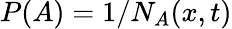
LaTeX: P(A)=1/N_{A}(x,t)